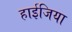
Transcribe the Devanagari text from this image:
हाईजिया